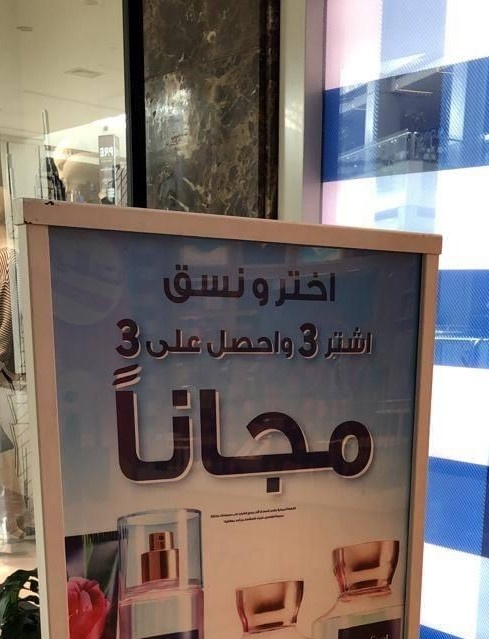
Text in image: ونسق اختر على اشتر واحصل مجانا 3 3